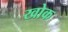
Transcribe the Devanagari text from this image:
खोक